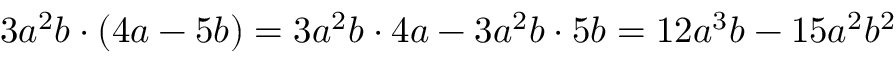
3 a ^ { 2 } b \cdot ( 4 a - 5 b ) = 3 a ^ { 2 } b \cdot 4 a - 3 a ^ { 2 } b \cdot 5 b = 1 2 a ^ { 3 } b - 1 5 a ^ { 2 } b ^ { 2 }